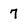
Character: 7